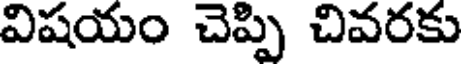
విషయం చెప్పి చివరకు